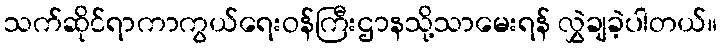
သက်ဆိုင်ရာကာကွယ်ရေးဝန်ကြီးဌာနသို့သာမေးရန် လွှဲချခဲ့ပါတယ်။